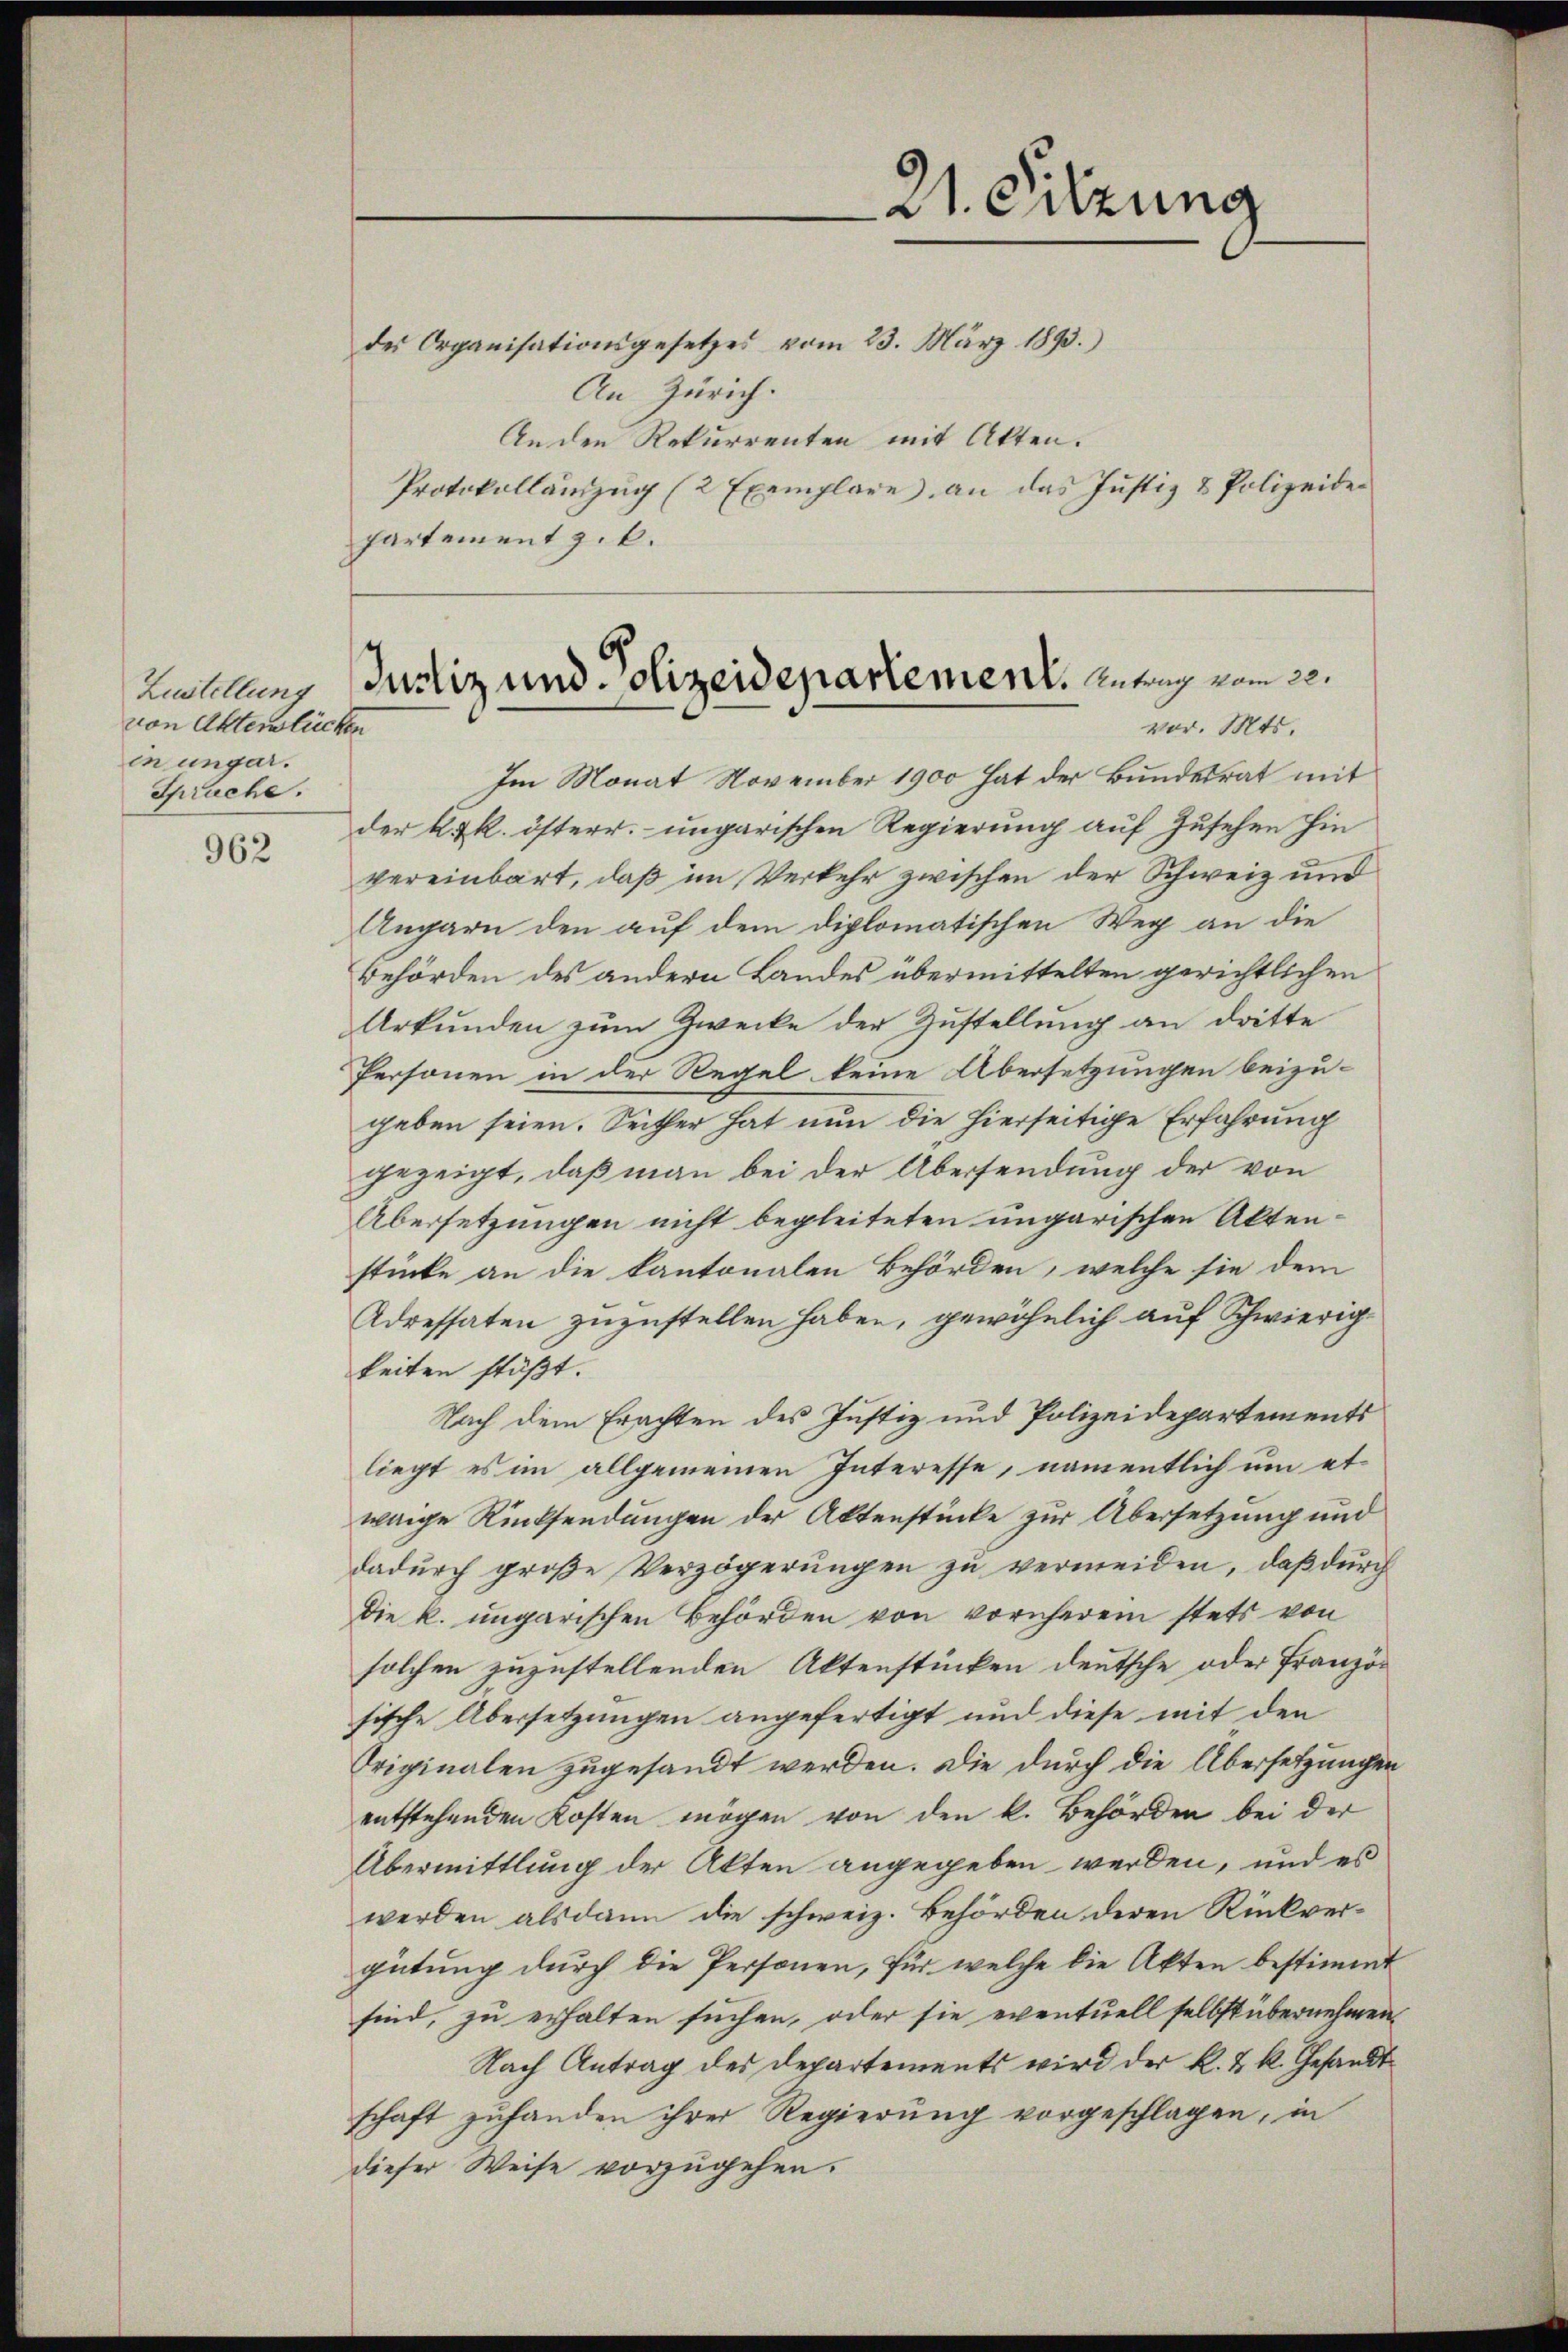
Lustellung
von Aktenlichen
en ungar.
Spruche.

962

An Zürich.
An den Rekurrenten mit Akten.
Protokollanzug (2 Exemplare an das Justiz & Polizeider
Partement z. k.

des Organisationsgesetzes vom 23. März 1893.)

21. Sitzung

Justiz und Polizeidepartement. Antrag vom 22.
vor. Mts.

Im Monat November 1900 hat der Bundesrat mit
der k. k. österr. ungarischen Regierung auf Zusehen hin
vereinbart, daß im Verkehr zwischen der Schweiz und
Angarn den auf dem diplomatischen Weg an die
Behörden des andern Landes übermittelten gerichtlichen
Urkunden zum Zwecke der Zustellung an dritte
Personen in der Regel keine Übersetzungen beizugeben seien. Seither hat nun die hierseitige Erfahrung
gezeigt, daß man bei der Übersendung der von
Übersetzungen nicht begleiteten ungarischen Aktenstücke an die kantonalen Behörden, welche sie dem
Adressaten zuzustellen haben, gewöhnlich auf Schwierigkeiten stößt.
Nach dem Erachten des Justiz und Polizeidepartements
liegt es im allgemeinen Interesse, namentlich um etwaige Rücksendungen der Aktenstücke zur Übersetzung und
dadurch große Verzögerungen zu vermeiden, daß durch
Die k. ungarischen Behörden von vornherem stets von
solchen zuzustellenden Aktenstücken deutsche oder Französische Übersetzungen angefertigt und diese mit den
Originalen zugesandt werden. Die durch die Übersetzungen
entstehenden Kosten mögen von den k. Behörden bei der
Übermittlung der Akten angegeben werden, und es
werden alsdann die schweiz. Behörden deren Rückvergütung durch die Personen, für welche die Akten bestimmt
sind, zu erhalten suchen, oder sie eventuell selbst übernehmen
Nach Antrag des Departements wird der k. k. k. Gesandtschaft zuhanden ihrer Regierung vorgeschlagen, in
dieser Weise vorzugehen.